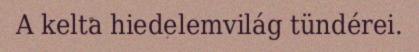
A kelta hiedelemvilág tündérei.